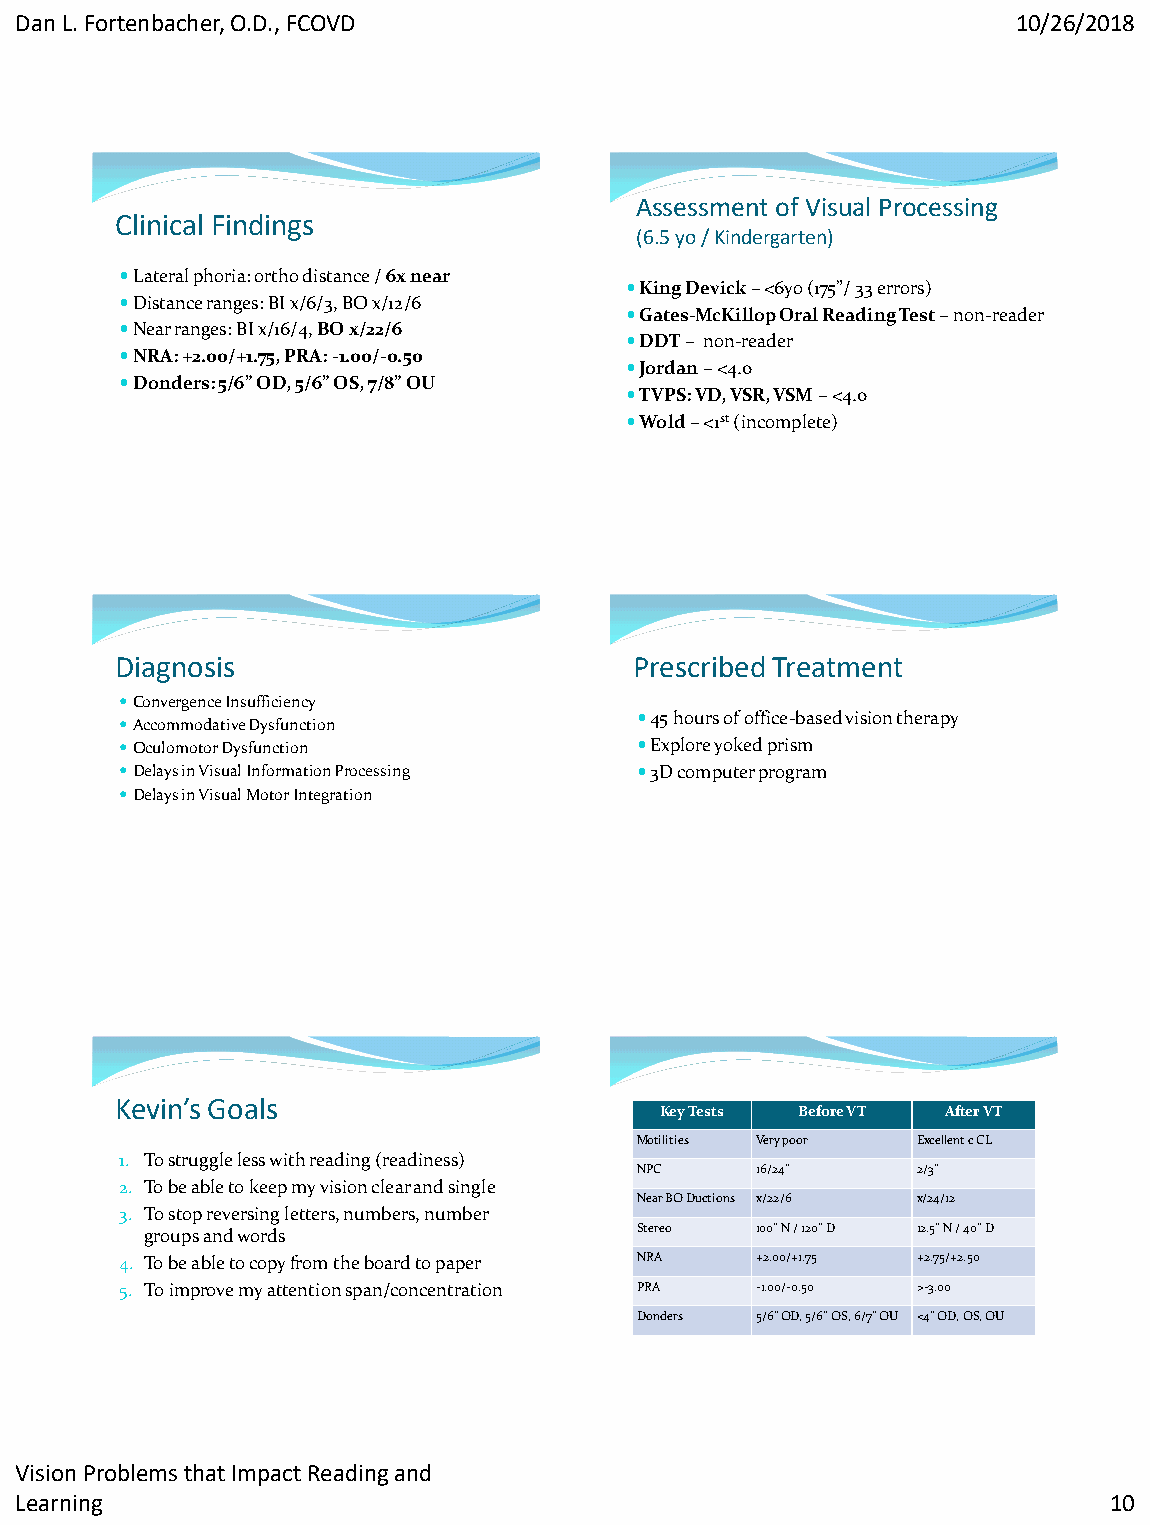
Dan L. Fortenbacher, O.D., FCOVD                                  10/26/2018
 Assessment of Visual Processing
 Clinical Findings
 (6.5 yo / Kindergarten)
 Lateral phoria: ortho distance / 6x near
 King Devick – <6yo (175”/ 33 errors)
 Distance ranges: BI x/6/3, BO x/12/6
 Gates-McKillop Oral Reading Test – non-reader
 Near ranges: BI x/16/4, BO x/22/6
 DDT – non-reader
 NRA: +2.00/+1.75, PRA: -1.00/-0.50
 Jordan – <4.0
 Donders: 5/6” OD, 5/6” OS, 7/8” OU
 TVPS: VD, VSR, VSM – <4.0
 Wold – <1st (incomplete)
 Diagnosis                         Prescribed Treatment
 Convergence Insufficiency
 45 hours of office-based vision therapy
 Accommodative Dysfunction
 Oculomotor Dysfunction           Explore yoked prism
 Delays in Visual Information Processing 3D computer program
 Delays in Visual Motor Integration
 Kevin’s Goals                     CliKneiyc Taeslt sF indingBse f–or eB VeT fore / AAfftteer VrT
 Motilities Very poor Excellent c CL
 1. To struggle less with reading (readiness)
 NPC     16/24”     2/3”
 2. To be able to keep my vision clear and single
 Near BO Ductions x/22/6 x/24/12
 3. To stop reversing letters, numbers, number
 groups and words                Stereo  100” N / 120” D 12.5” N / 40” D
 4. To be able to copy from the board to paper NRA +2.00/+1.75 +2.75/+2.50
 5. To improve my attention span/concentration PRA -1.00/-0.50 >-3.00
 Donders 5/6” OD, 5/6” OS, 6/7” OU <4” OD, OS, OU
 Vision Problems that Impact Reading and
 Learning                                                                10